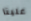
علينا